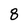
Character: 8